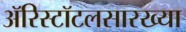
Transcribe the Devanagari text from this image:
ॲरिस्टॉटलसारख्या